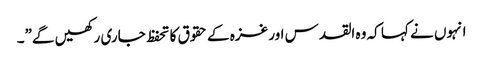
انہوں نے کہا کہ وہ القدس اور غزہ کے حقوق کا تحفظ جاری رکھیں گے”۔